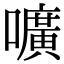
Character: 嚝